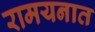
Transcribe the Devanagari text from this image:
रामयनात